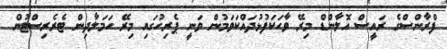
ފްރާންސްގެ ރައީސް އޮލާންޑް މިރޭ ވާހަކަފުޅުދައްކަވަމުން ވަނީ ޕެރިހުގައި މިރޭ ހަމަލާދިން ޓެރެރިސްޓުން